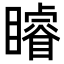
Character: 𥌑